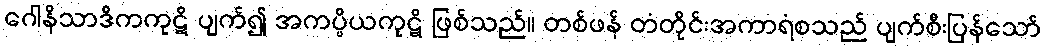
ဂေါနိသာဒိကကုဋိ ပျက်၍ အကပ္ပိယကုဋိ ဖြစ်သည်။ တစ်ဖန် တံတိုင်းအကာရံစသည် ပျက်စီးပြန်သော်